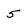
Character: 5